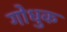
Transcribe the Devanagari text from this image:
गोधुक